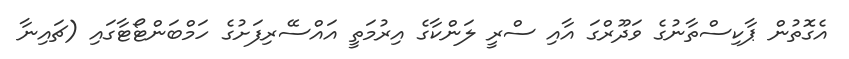
އެގޮތުން ޕާކިސްތާނުގެ ވަދޫރްގަ އާއި ސްރީ ލަންކާގެ އިރުމަތީ އައްސޭރިފަށުގެ ހަމްބަންޓޯޓާގައި (ޗައިނާ